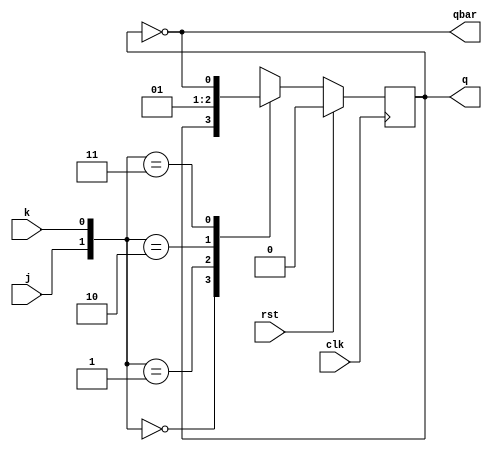
`timescale 1ns / 1ps
//////////////////////////////////////////////////////////////////////////////////
// Company: 
// Engineer: 
// 
// Design Name: 
// Module Name: t_ff_using_jk
// Project Name: 
// Target Devices: 
// Tool Versions: 
// Description: 
// 
// Dependencies: 
// 
// Revision:
// Revision 0.01 - File Created
// Additional Comments:
// 
//////////////////////////////////////////////////////////////////////////////////
module jk_ff(input clk,rst,j,k,output reg q=0,output qbar);
assign qbar=~q;
always@(posedge clk)
begin
if(!rst)
case({j,k})
2'b00:q<=q;
2'b01:q<=0;
2'b10:q<=1;
2'b11:q<=~q;
endcase
else
q<=0;
end
endmodule


module t_ff_using_jk(
    input rst,
    input clk,
    input t,
    output q,
    output qbar
    );
    jk_ff JKFF(rst,clk,t,t,q,qbar);
    
endmodule